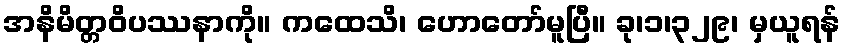
အနိမိတ္တဝိပဿနာကို။ ကထေသိ၊ ဟောတော်မူပြီ။ ခု၊၁၊၃၂၉၊ မှယူရန်